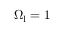
\Omega _ { \mathrm { l } } = 1